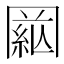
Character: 𦁒